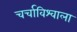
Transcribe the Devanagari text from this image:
चर्चाविश्वाला